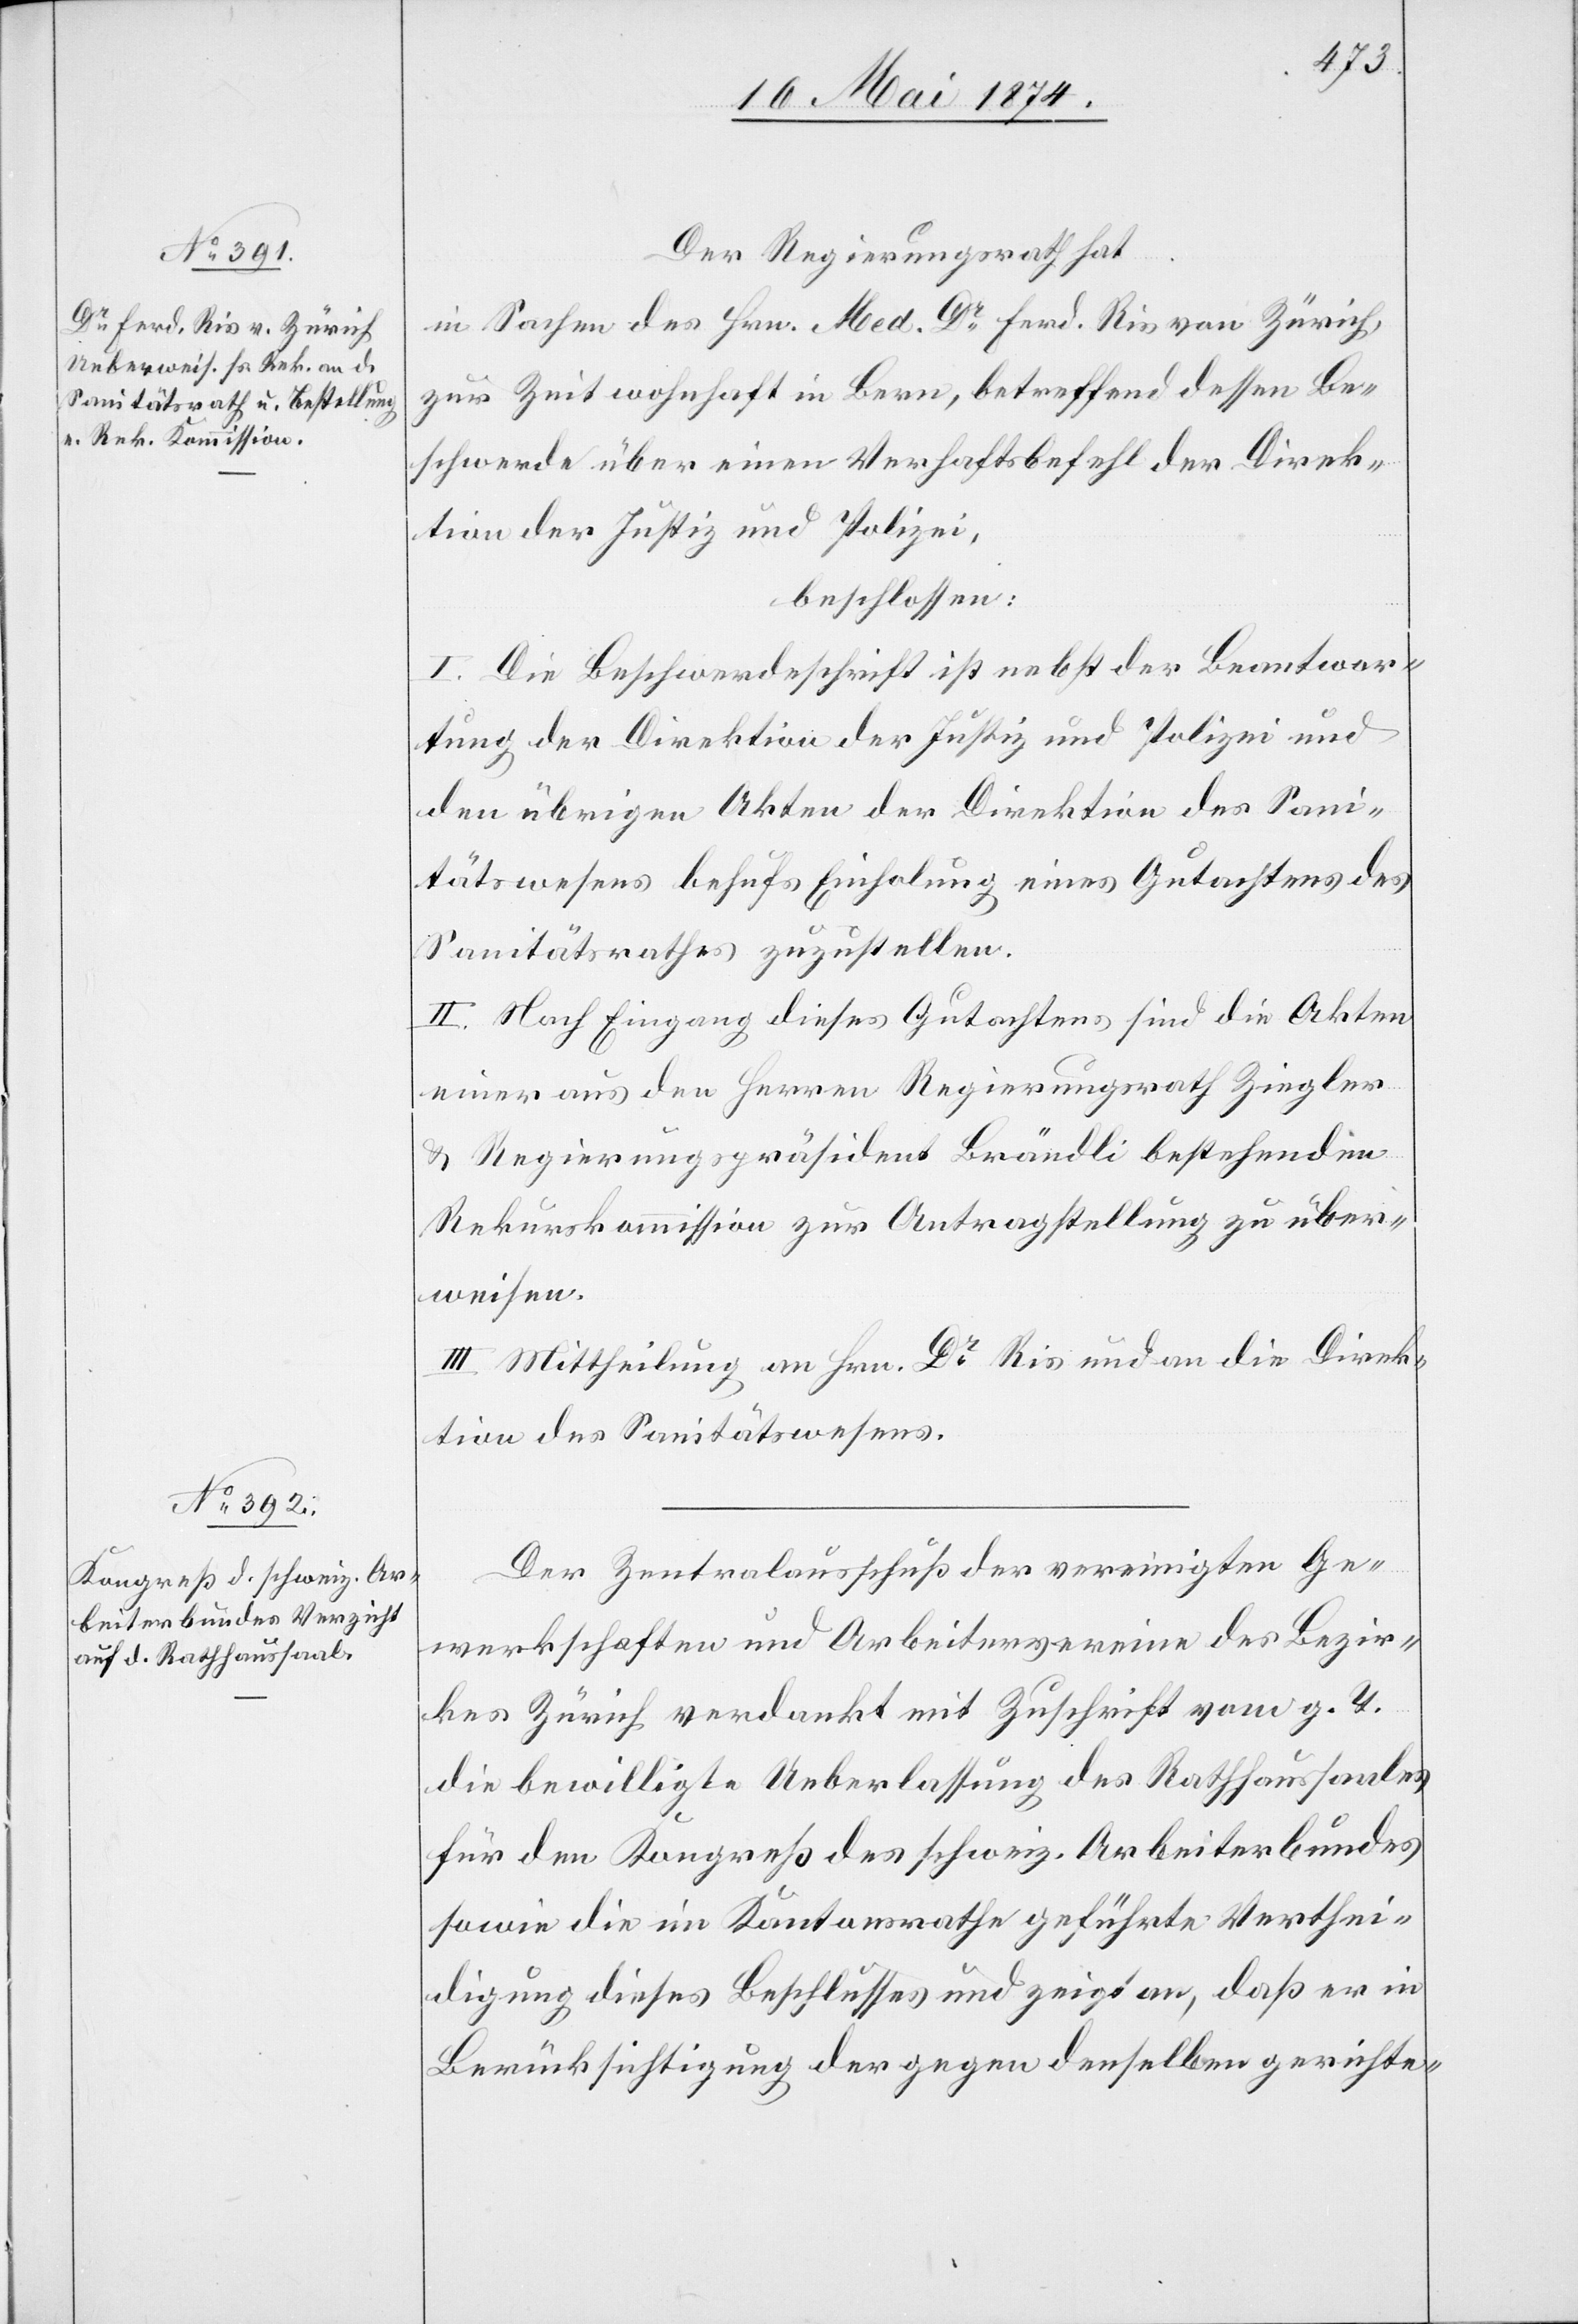
Der Regierungsrath hat
in Sachen des Hrn. Med. Dr. Ferd. Ris von Zürich,
zur Zeit wohnhaft in Bern, betreffend dessen Be¬
schwerde über einen Verhaftsbefehl der Direk¬
tion der Justiz und Polizei,
beschlossen:
I. Die Beschwerdeschrift ist nebst der Beantwor¬
tung der Direktion der Justiz und Polizei und
den übrigen Akten der Direktion des Sani¬
tätswesens behufs Einholung eines Gutachtens des
Sanitätsrathes zuzustellen.
II. Nach Eingang dieses Gutachtens sind die Akten
einer aus den Herren Regierungsrath Ziegler
u. Regierungspräsident Brändli bestehenden
Rekurskommission zur Antragstellung zu über¬
weisen.
III. Mittheilung an Hrn. Dr Ris und an die Direk¬
tion des Sanitätswesens.
Der Zentralausschuß der vereinigten Ge¬
werkschaften und Arbeitervereine des Bezir¬
kes Zürich verdankt mit Zuschrift vom g. T.
die bewilligte Ueberlassung des Rathhaussaales
für den Kongreß des schweiz. Arbeiterbundes
sowie die im Kantonsrathe geführte Verthei¬
digung dieses Beschlusses und zeigt an, daß er in
Berücksichtigung der gegen denselben gerichte-